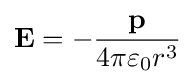
\mathbf {E} =-{\frac {\mathbf {p} }{4\pi \varepsilon _{0}r^{3}}}